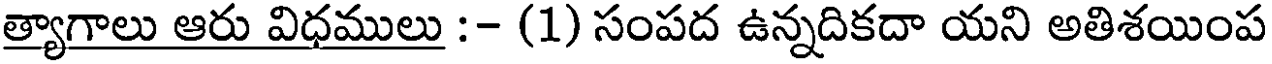
త్యాగాలు ఆరు విధములు :- (1) సంపద ఉన్నదికదా యని అతిశయింప